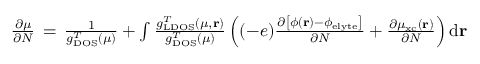
\begin{array} { r } { \frac { \partial \mu } { \partial N } \, = \, \frac { 1 } { g _ { \mathrm { D O S } } ^ { T } ( \mu ) } + \int \frac { g _ { \mathrm { L D O S } } ^ { T } ( \mu , \mathbf { r } ) } { g _ { \mathrm { D O S } } ^ { T } ( \mu ) } \left( ( - e ) \frac { \partial \left[ \phi ( \mathbf { r } ) - \phi _ { \mathrm { e l y t e } } \right] } { \partial N } + \frac { \partial \mu _ { \mathrm { x c } } ( \mathbf { r } ) } { \partial N } \right) \mathrm { d } \mathbf { r } } \end{array}